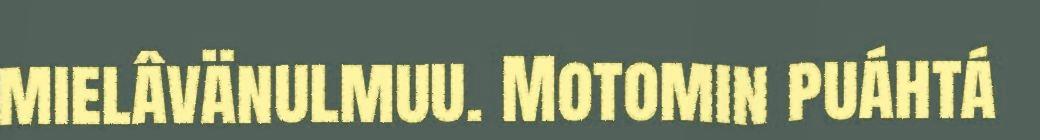
mielâvänulmuu. Motomin puáhtá